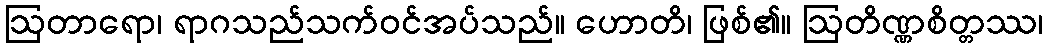
ဩတာရော၊ ရာဂသည်သက်ဝင်အပ်သည်။ ဟောတိ၊ ဖြစ်၏။ ဩတိဏ္ဏစိတ္တဿ၊